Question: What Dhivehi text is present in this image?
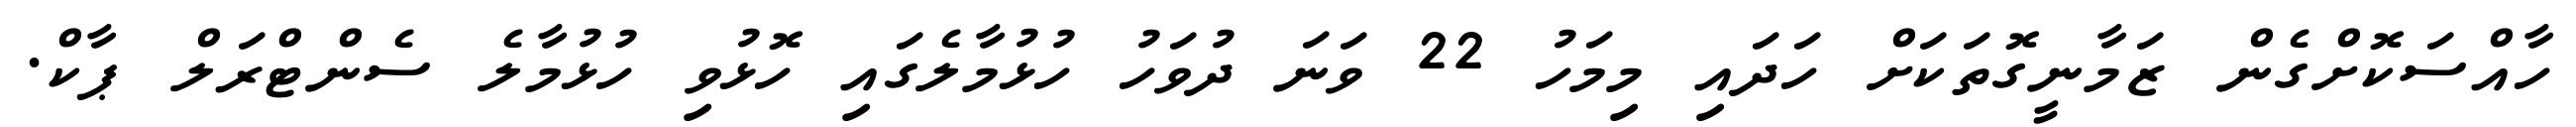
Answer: ހާއްސަކޮށްގެން ޒަމާނީގޮތަކަށް ހަދައި މިމަހު 22 ވަނަ ދުވަހު ހުޅުމާލެގައި ހޮޅުވި ހުޅުމާލެ ސެންޓްރަލް ޕާކް.